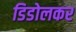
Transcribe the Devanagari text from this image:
डिडोलकर